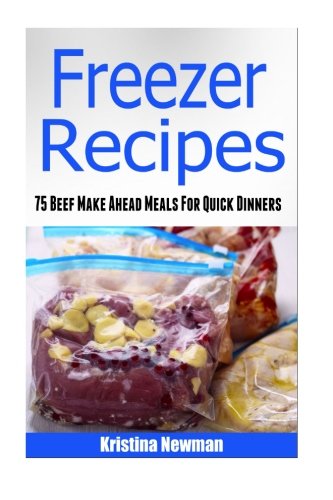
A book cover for Freezer Recipes: 75 Beef Make Ahead Meals For Easy Dinners (Freezer Meals, Freezer Recipes, Freezer Cooking, Dump Dinners, Make Ahead, Slow Cooker, Quick and Easy Cookbook); Kristina Newman; Cookbooks, Food & Wine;